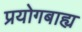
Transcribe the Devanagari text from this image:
प्रयोगबाह्य